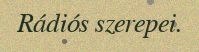
Rádiós szerepei.